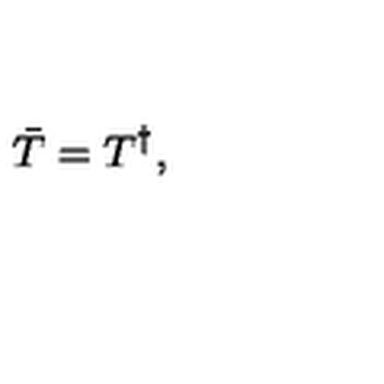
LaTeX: \bar { T } = T ^ { \dagger } ,